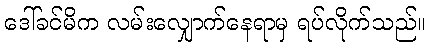
ဒေါ်ခင်မိက လမ်းလျှောက်နေရာမှ ရပ်လိုက်သည်။